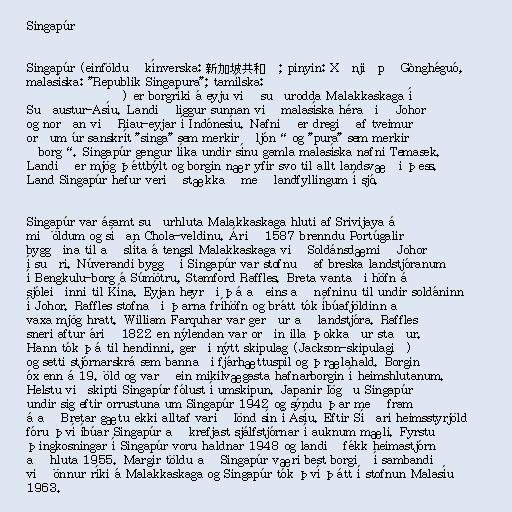
Singapúr

Singapúr (einfölduð kínverska: 新加坡共和国; pinyin: Xīnjiāpō Gònghéguó,
malasíska: "Republik Singapura"; tamílska: சிங்கப்பூர்
குடியரசு) er borgríki á eyju við suðurodda Malakkaskaga í
Suðaustur-Asíu. Landið liggur sunnan við malasíska héraðið Johor
og norðan við Riau-eyjar í Indónesíu. Nafnið er dregið af tveimur
orðum úr sanskrít "singa" sem merkir „ljón“ og "pura" sem merkir
„borg“. Singapúr gengur líka undir sínu gamla malasíska nafni Temasek.
Landið er mjög þéttbýlt og borgin nær yfir svo til allt landsvæði þess.
Land Singapúr hefur verið stækkað með landfyllingum í sjó.

Singapúr var ásamt suðurhluta Malakkaskaga hluti af Srivijaya á
miðöldum og síðan Chola-veldinu. Árið 1587 brenndu Portúgalir
byggðina til að slíta á tengsl Malakkaskaga við Soldánsdæmið Johor
í suðri. Núverandi byggð í Singapúr var stofnuð af breska landstjóranum
í Bengkulu-borg á Súmötru, Stamford Raffles. Breta vantaði höfn á
sjóleiðinni til Kína. Eyjan heyrði þá aðeins að nafninu til undir soldáninn
í Johor. Raffles stofnaði þarna fríhöfn og brátt tók íbúafjöldinn að
vaxa mjög hratt. William Farquhar var gerður að landstjóra. Raffles
sneri aftur árið 1822 en nýlendan var orðin illa þokkaður staður.
Hann tók þá til hendinni, gerði nýtt skipulag (Jackson-skipulagið)
og setti stjórnarskrá sem bannaði fjárhættuspil og þrælahald. Borgin
óx enn á 19. öld og varð ein mikilvægasta hafnarborgin í heimshlutanum.
Helstu viðskipti Singapúr fólust í umskipun. Japanir lögðu Singapúr
undir sig eftir orrustuna um Singapúr 1942 og sýndu þar með fram
á að Bretar gætu ekki alltaf varið lönd sín í Asíu. Eftir Síðari heimsstyrjöld
fóru því íbúar Singapúr að krefjast sjálfstjórnar í auknum mæli. Fyrstu
þingkosningar í Singapúr voru haldnar 1948 og landið fékk heimastjórn
að hluta 1955. Margir töldu að Singapúr væri best borgið í sambandi
við önnur ríki á Malakkaskaga og Singapúr tók því þátt í stofnun Malasíu
1963.